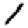
Digit: 1